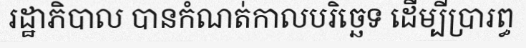
រដ្ឋាភិបាល បានកំណត់កាលបរិច្ឆេទ ដើម្បីប្រារព្ធ